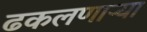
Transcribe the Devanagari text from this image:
ढकलणाऱ्या